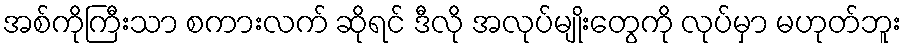
အစ်ကိုကြီးသာ စကားလက် ဆိုရင် ဒီလို အလုပ်မျိုးတွေကို လုပ်မှာ မဟုတ်ဘူး